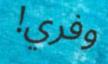
وفري!